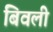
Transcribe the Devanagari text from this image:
बिवली